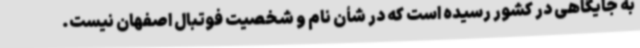
به جایگاهی در کشور رسیده است که در شأن نام و شخصیت فوتبال اصفهان نیست.